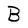
Character: B